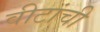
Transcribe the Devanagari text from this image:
वीटांची